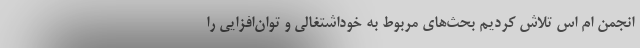
انجمن ام اس تلاش کردیم بحث‌های مربوط به خوداشتغالی و توان‌افزایی را